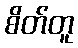
စိတ်တူ